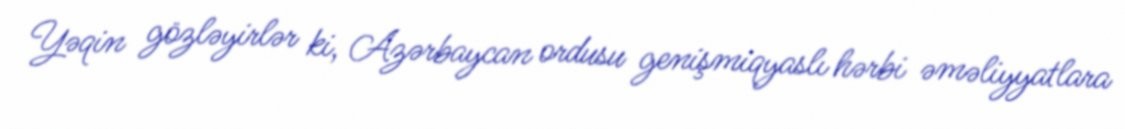
Yəqin gözləyirlər ki, Azərbaycan ordusu genişmiqyaslı hərbi əməliyyatlara